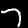
Label: 7